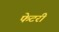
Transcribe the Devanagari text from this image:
फेटरी